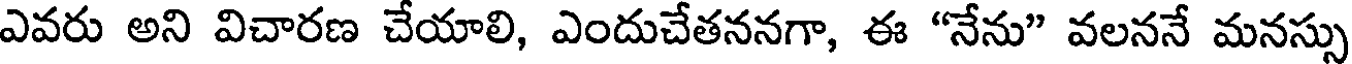
ఎవరు అని విచారణ చేయాలి, ఎందుచేతననగా, ఈ "నేను" వలననే మనస్సు